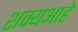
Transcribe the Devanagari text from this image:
शक्यआहे